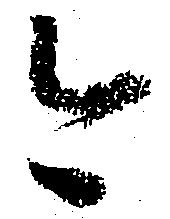
今